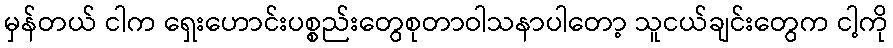
မှန်တယ် ငါက ရှေးဟောင်းပစ္စည်းတွေစုတာဝါသနာပါတော့ သူငယ်ချင်းတွေက ငါ့ကို